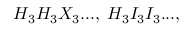
H _ { 3 } H _ { 3 } X _ { 3 } . . . , \; H _ { 3 } I _ { 3 } I _ { 3 } . . . ,